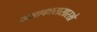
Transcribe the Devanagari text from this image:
कलाकारासारखे